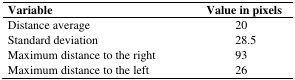
<table><thead><tr><td><b>Variable</b></td><td><b>Value in pixels</b></td></tr></thead><tbody><tr><td>Distance average</td><td>20</td></tr><tr><td>Standard deviation</td><td>28.5</td></tr><tr><td>Maximum distance to the right</td><td>93</td></tr><tr><td>Maximum distance to the left</td><td>26</td></tr></tbody></table>